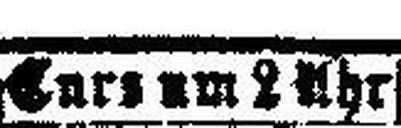
Curs um 2 Uhr